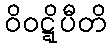
ဝိဝဋ္ဋိပီတိ